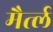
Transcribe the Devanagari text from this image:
मैर्त्ल